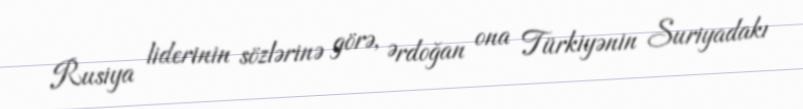
Rusiya liderinin sözlərinə görə, Ərdoğan ona Türkiyənin Suriyadakı